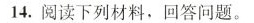
14.阅读下列材料，回答问题。